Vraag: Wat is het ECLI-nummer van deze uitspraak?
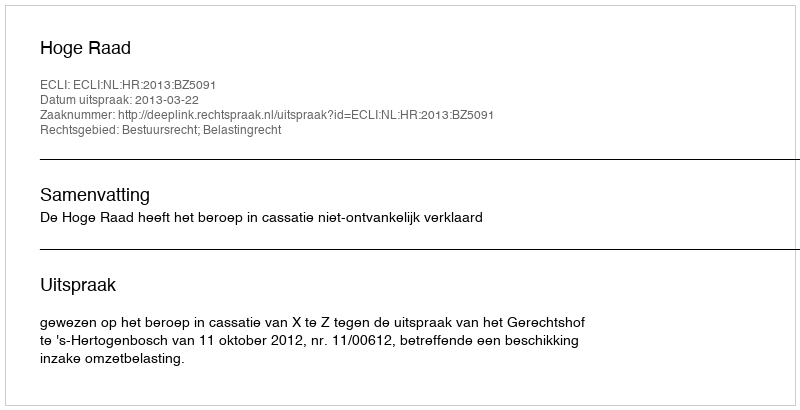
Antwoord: ECLI:NL:HR:2013:BZ5091